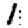
Digit: 1